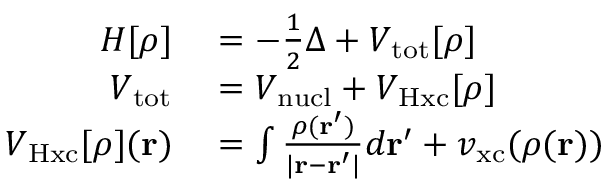
\begin{array} { r l } { H [ \rho ] } & { { } = - \frac 1 2 \Delta + V _ { \mathrm { t o t } } [ \rho ] } \\ { V _ { \mathrm { t o t } } } & { { } = V _ { \mathrm { n u c l } } + V _ { \mathrm { H x c } } [ \rho ] } \\ { V _ { \mathrm { H x c } } [ \rho ] ( \mathbf r ) } & { { } = \int \frac { \rho ( \mathbf r ^ { \prime } ) } { | \mathbf r - \mathbf r ^ { \prime } | } d \mathbf r ^ { \prime } + v _ { \mathrm { x c } } ( \rho ( \mathbf r ) ) } \end{array}